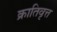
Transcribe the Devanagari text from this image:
क्रातिवृत्त